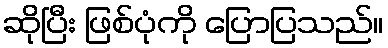
ဆိုပြီး ဖြစ်ပုံကို ပြောပြသည်။